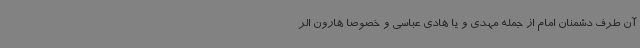
آن طرف دشمنان امام از جمله مهدی و یا هادی عباسی و خصوصا هارون الر